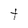
Character: t